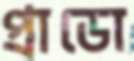
প্রাডো